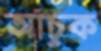
আঁচুক